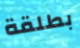
بطلقة